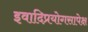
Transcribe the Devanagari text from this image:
इवादिप्रयोगसापेक्ष